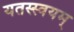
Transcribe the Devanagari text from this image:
यतस्स्वयम्